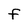
Character: F